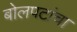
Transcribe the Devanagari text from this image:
बोलपटांचा